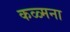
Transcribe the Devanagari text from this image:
कळ्मना